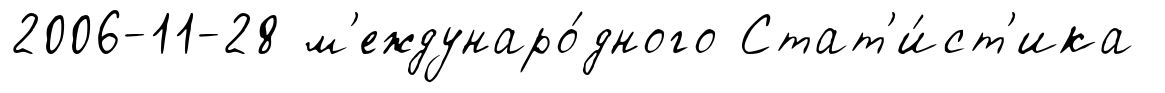
2006-11-28 м'еждунаро́дного Стат'и́ст'ика